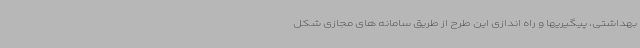
بهداشتی، پیگیریها و راه اندازی این طرح از طریق سامانه های مجازی شکل